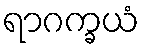
ရာဂက္ခယံ